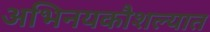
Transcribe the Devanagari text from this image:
अभिनयकौशल्यात